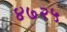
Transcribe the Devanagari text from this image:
४७२५